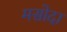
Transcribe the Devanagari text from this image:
मसोदा